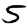
Digit: 5